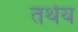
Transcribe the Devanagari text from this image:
तथेय